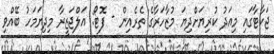
ޖަކާޓާގައި މިއަދު ކުރިޔަށްދިޔަ މުޒާހަރާގެ ތެރެއިން - ފޮޓޯ: އަލްޖަޒީރާ މިދިޔަމަހު ބޭއްވި